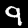
Digit: 9